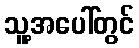
သူ့အပေါ်တွင်